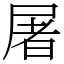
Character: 屠